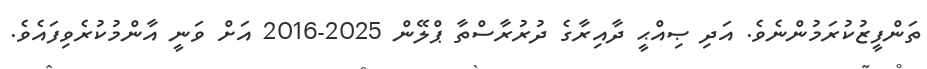
ތަންފީޒުކުރަމުންނެވެ. އަދި ޞިއްޙީ ދާއިރާގެ ދުރުރާސްތާ ޕްލޭން 2025-2016 އަށް ވަނީ އާންމުކުރެވިފައެވެ.